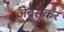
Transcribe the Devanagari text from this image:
अंब्रुसकर